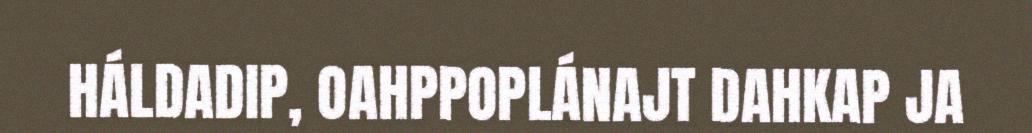
HÁLDADIP, OAHPPOPLÁNAJT DAHKAP JA